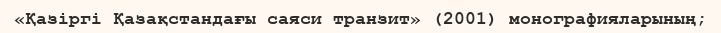
«Қазіргі Қазақстандағы саяси транзит» (2001) монографияларының;